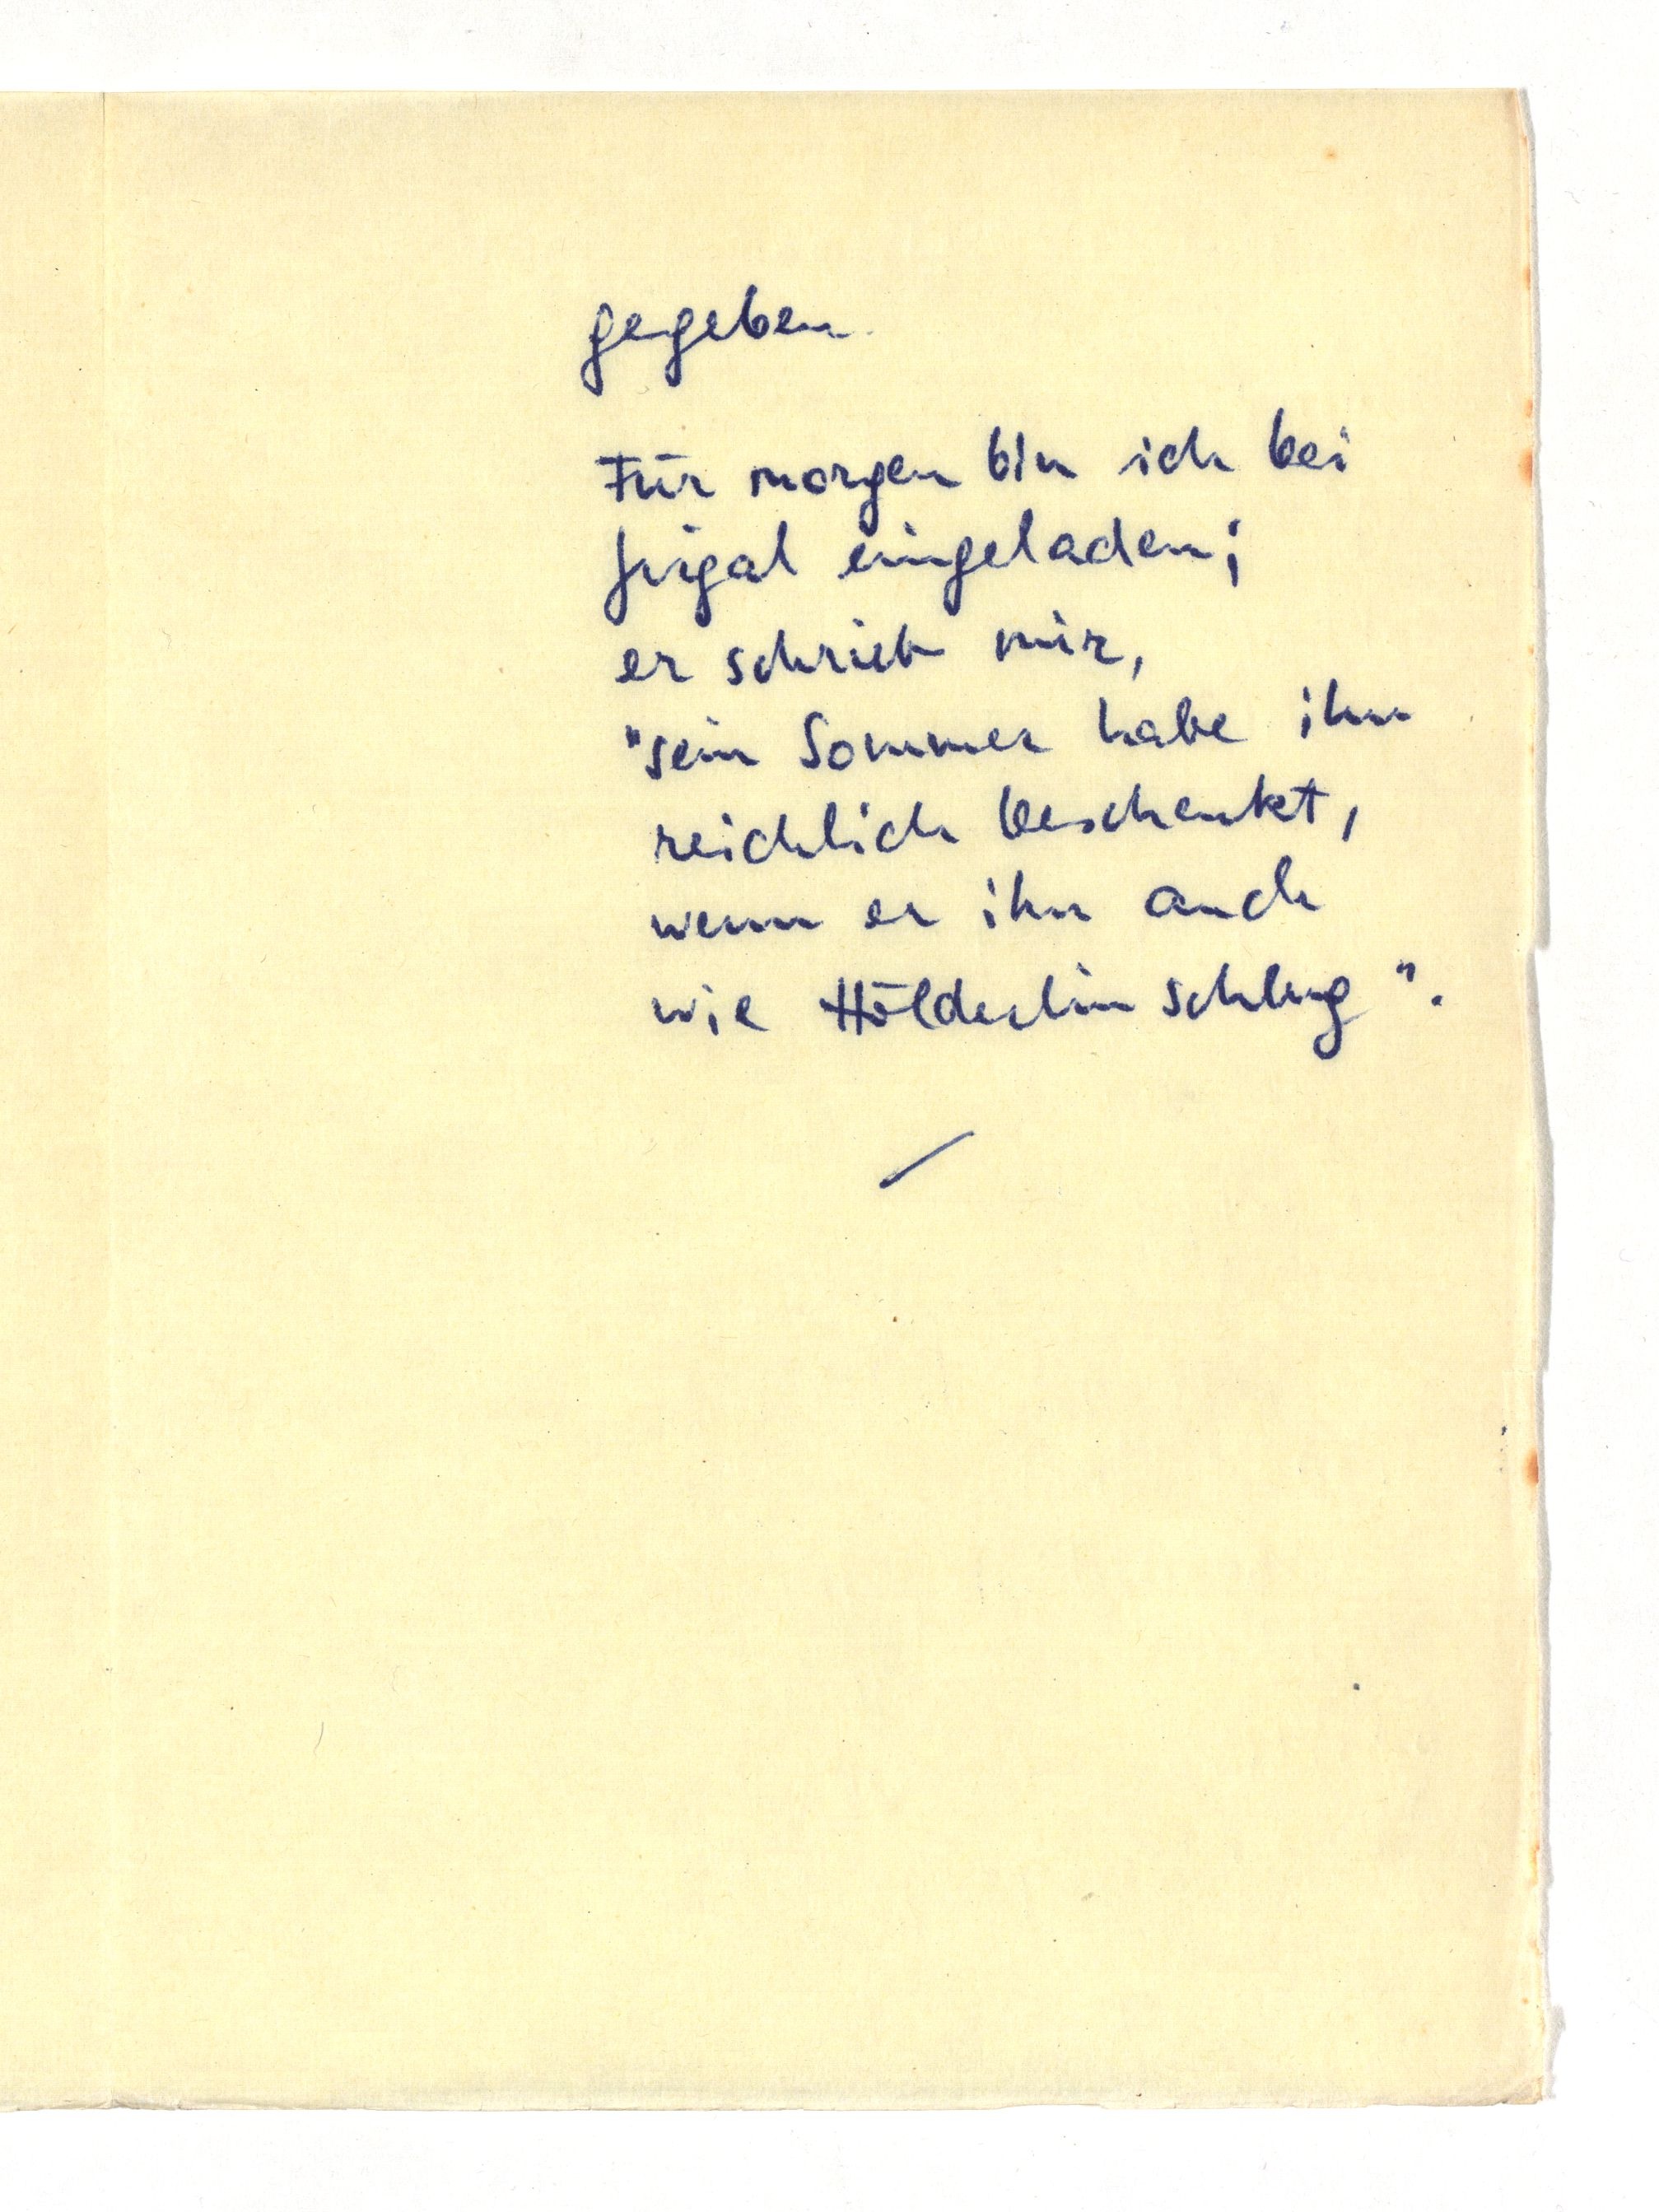
gegeben.
Für morgen bin ich bei
Jirgal eingeladen;
er schrieb mir,
"sein Sommer habe ihn
reichlich beschenkt,
wenn er ihn auch
wie Hölderlin schlug".